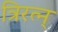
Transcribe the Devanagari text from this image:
त्रिरत्न्